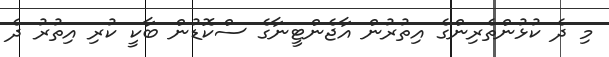
މި ދެ ކުޅުންތެރިންގެ އިތުރުން އާޖެންޓީނާގެ ސްކޮޑުން ބާކީ ކުރި އިތުރު ދެ